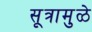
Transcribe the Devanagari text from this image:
सूत्रामुळे